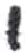
אות: י